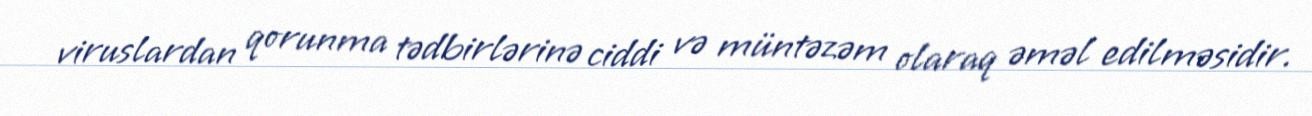
viruslardan qorunma tədbirlərinə ciddi və müntəzəm olaraq əməl edilməsidir.